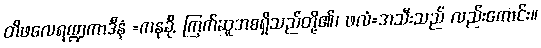
တိဖလေရဏ္ဍကာဒီနံ =ကနခို, ကြက်ဆူအစရှိသည်တို့၏၊ ဖလံ=အသီးသည် လည်းကောင်း။